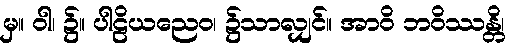
မှ။ ဝါ၊ ၌။ ပါဠိယညေဝ၊ ၌သာလျှင်။ အာဝိ ဘဝိဿန္တိ၊